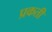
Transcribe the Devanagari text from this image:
प्रकती